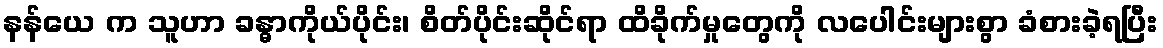
နန်ယေ က သူဟာ ခန္ဓာကိုယ်ပိုင်း၊ စိတ်ပိုင်းဆိုင်ရာ ထိခိုက်မှုတွေကို လပေါင်းများစွာ ခံစားခဲ့ရပြီး